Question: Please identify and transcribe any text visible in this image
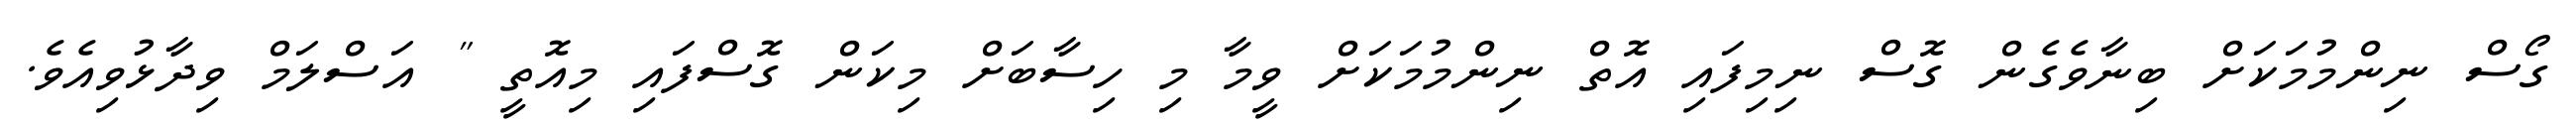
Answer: ގޯސް ނިންމުމަކަށް ބިނާވެގެން ގޮސް ނިމިފައި އޮތް ނިންމުމަކަށް ވީމާ މި ހިސާބަށް މިކަން ގޮސްފައި މިއޮތީ " އަސްލަމް ވިދާޅުވިއެވެ.